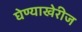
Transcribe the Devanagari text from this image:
घेण्याखेरीज